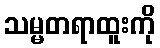
သမ္မတရာထူးကို